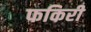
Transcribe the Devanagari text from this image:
फकिरी